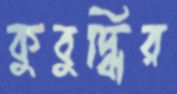
কুবুদ্ধির